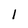
Character: 1